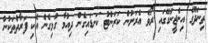
ތިނަދޫގެ އިންޖީނުގޭގައި ރޯވެ އެރަށުން ކަރަންޓު ކަނޑައިގެން ދިއުމާ ގުޅިގެން އެކި ފަރާތްތަކުން